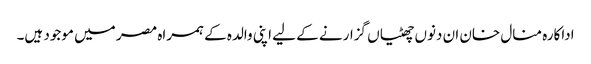
اداکارہ منال خان ان دنوں چھٹیاں گزارنے کے لیے اپنی والدہ کے ہمراہ مصر میں موجود ہیں۔